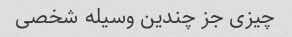
چیزی جز چندین وسیله شخصی